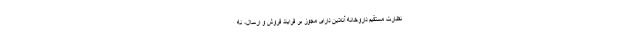
نظارت مستقیم داروخانه آنلاین دارای مجوز بر فرایند فروش و ارسال، نه